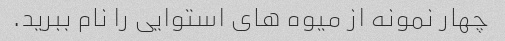
چهار نمونه از میوه های استوایی را نام ببرید.